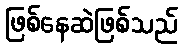
ဖြစ်နေဆဲဖြစ်သည်